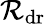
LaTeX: \mathcal{R}_{\mathrm{{dr}}}